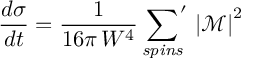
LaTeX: \frac { d \sigma } { d t } = \frac { 1 } { 1 6 \pi \, W ^ { 4 } } \, { \sum _ { \mathit { s p i n s } } } ^ { \! \prime } \, \left| \mathcal { M } \right| ^ { 2 }